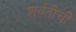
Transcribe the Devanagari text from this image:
शर्यतीची